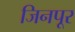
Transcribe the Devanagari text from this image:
जिनपूर